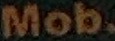
Mob.